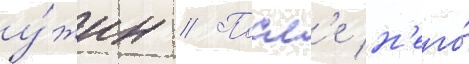
у́жин // Посл'е н'его́